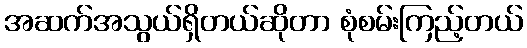
အဆက်အသွယ်ရှိတယ်ဆိုတာ စုံစမ်းကြည့်တယ်